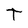
Character: T